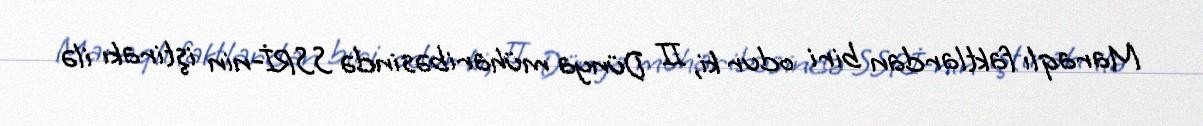
Maraqlı faktlardan biri odur ki, II Dünya müharibəsində SSRİ-nin iştirakı ilə